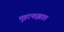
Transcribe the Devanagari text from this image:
मुहाफझात